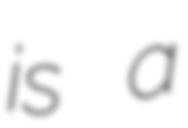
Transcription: is a